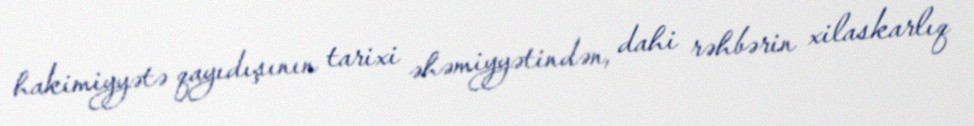
hakimiyyətə qayıdışının tarixi əhəmiyyətindən, dahi rəhbərin xilaskarlıq